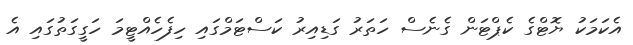
އެކަމަކު ޔޮޓްގެ ކެޕްޓަން ގެނެސް ހަތަރު ގަޑިއިރު ކަސްޓަމްގައި ހިފެހެއްޓީމަ ހަގީގަތުގައި އެ